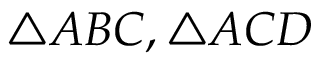
\triangle A B C , \triangle A C D